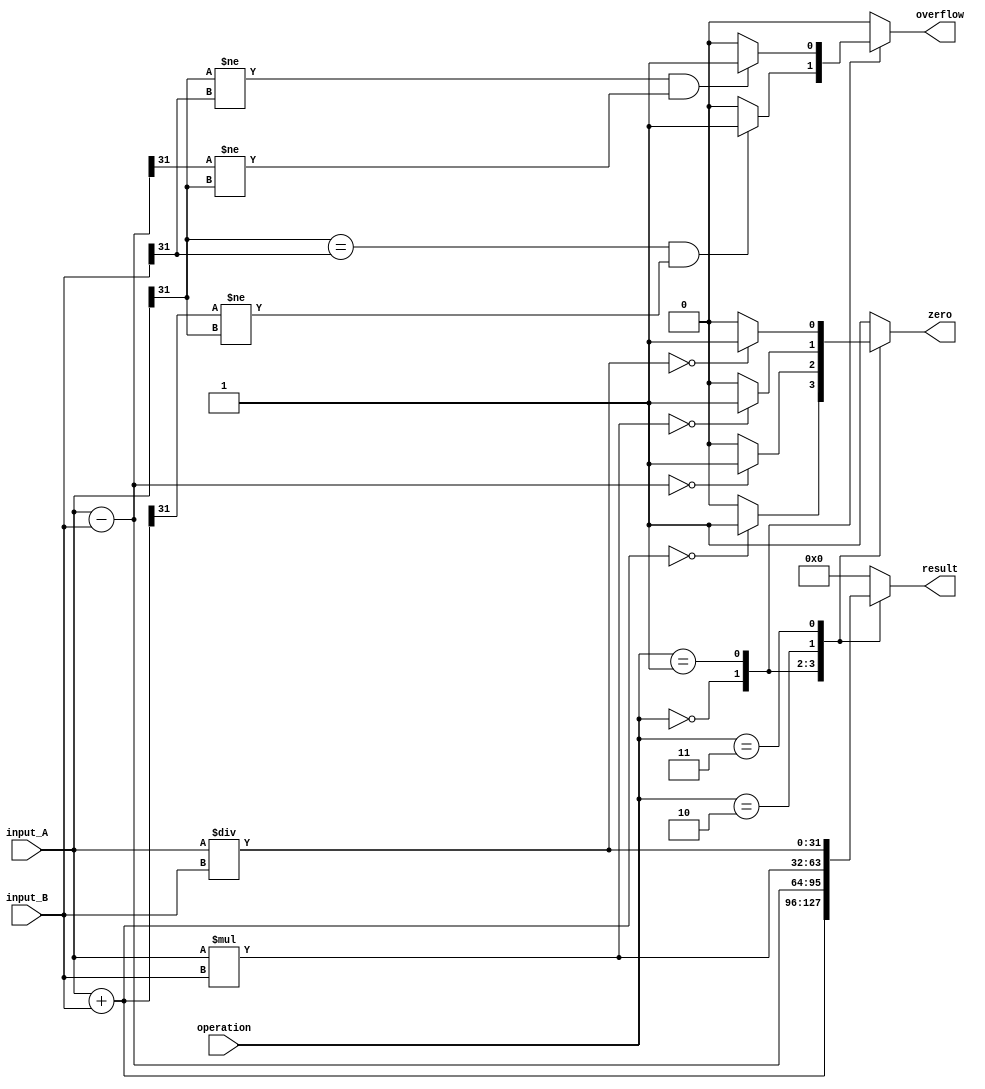
module ALU (
    input [31:0] input_A,
    input [31:0] input_B,
    input [2:0] operation,
    output reg [31:0] result,
    output reg zero,
    output reg overflow
);

always @*
begin
    case(operation)
        3'b000: // Addition
            begin
                result = input_A + input_B;
                zero = (result == 32'b0) ? 1 : 0;
                overflow = (input_A[31] == input_B[31] && result[31] != input_A[31]) ? 1 : 0;
            end
        3'b001: // Subtraction
            begin
                result = input_A - input_B;
                zero = (result == 32'b0) ? 1 : 0;
                overflow = (input_A[31] != input_B[31] && result[31] != input_A[31]) ? 1 : 0;
            end
        3'b010: // Multiplication
            begin
                result = input_A * input_B;
                zero = (result == 32'b0) ? 1 : 0;
                overflow = 0; // No overflow for multiplication
            end
        3'b011: // Division
            begin
                result = input_A / input_B;
                zero = (result == 32'b0) ? 1 : 0;
                overflow = 0; // No overflow for division
            end
        default: // Default case
            begin
                result = 32'b0;
                zero = 1;
                overflow = 0;
            end
    endcase
end

endmodule